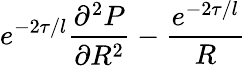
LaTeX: e^{-2\tau/l}\frac{\partial^{2}P}{\partial R^{2}}-\frac{e^{-2\tau/l}}{R}